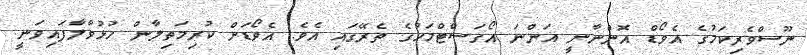
ނޫސްވެރިކަމުގެ އެވޯޑް އޮންނާނީ އަންނަ އޯގަސްޓްމަހުގެ ތެރޭގައި އެވެ. އެވޯޑަށް ކުރިމަތިލާން ހުޅުވާލާފައިވަނީ